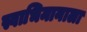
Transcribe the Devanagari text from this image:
स्वाभिमानाला